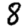
Digit: 8